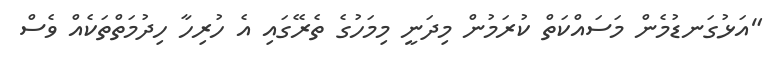
"އަޅުގަނޑުމެން މަސައްކަތް ކުރަމުން މިދަނީ މިމަހުގެ ތެރޭގައި އެ ހުރިހާ ހިދުމަތްތަކެއް ވެސް